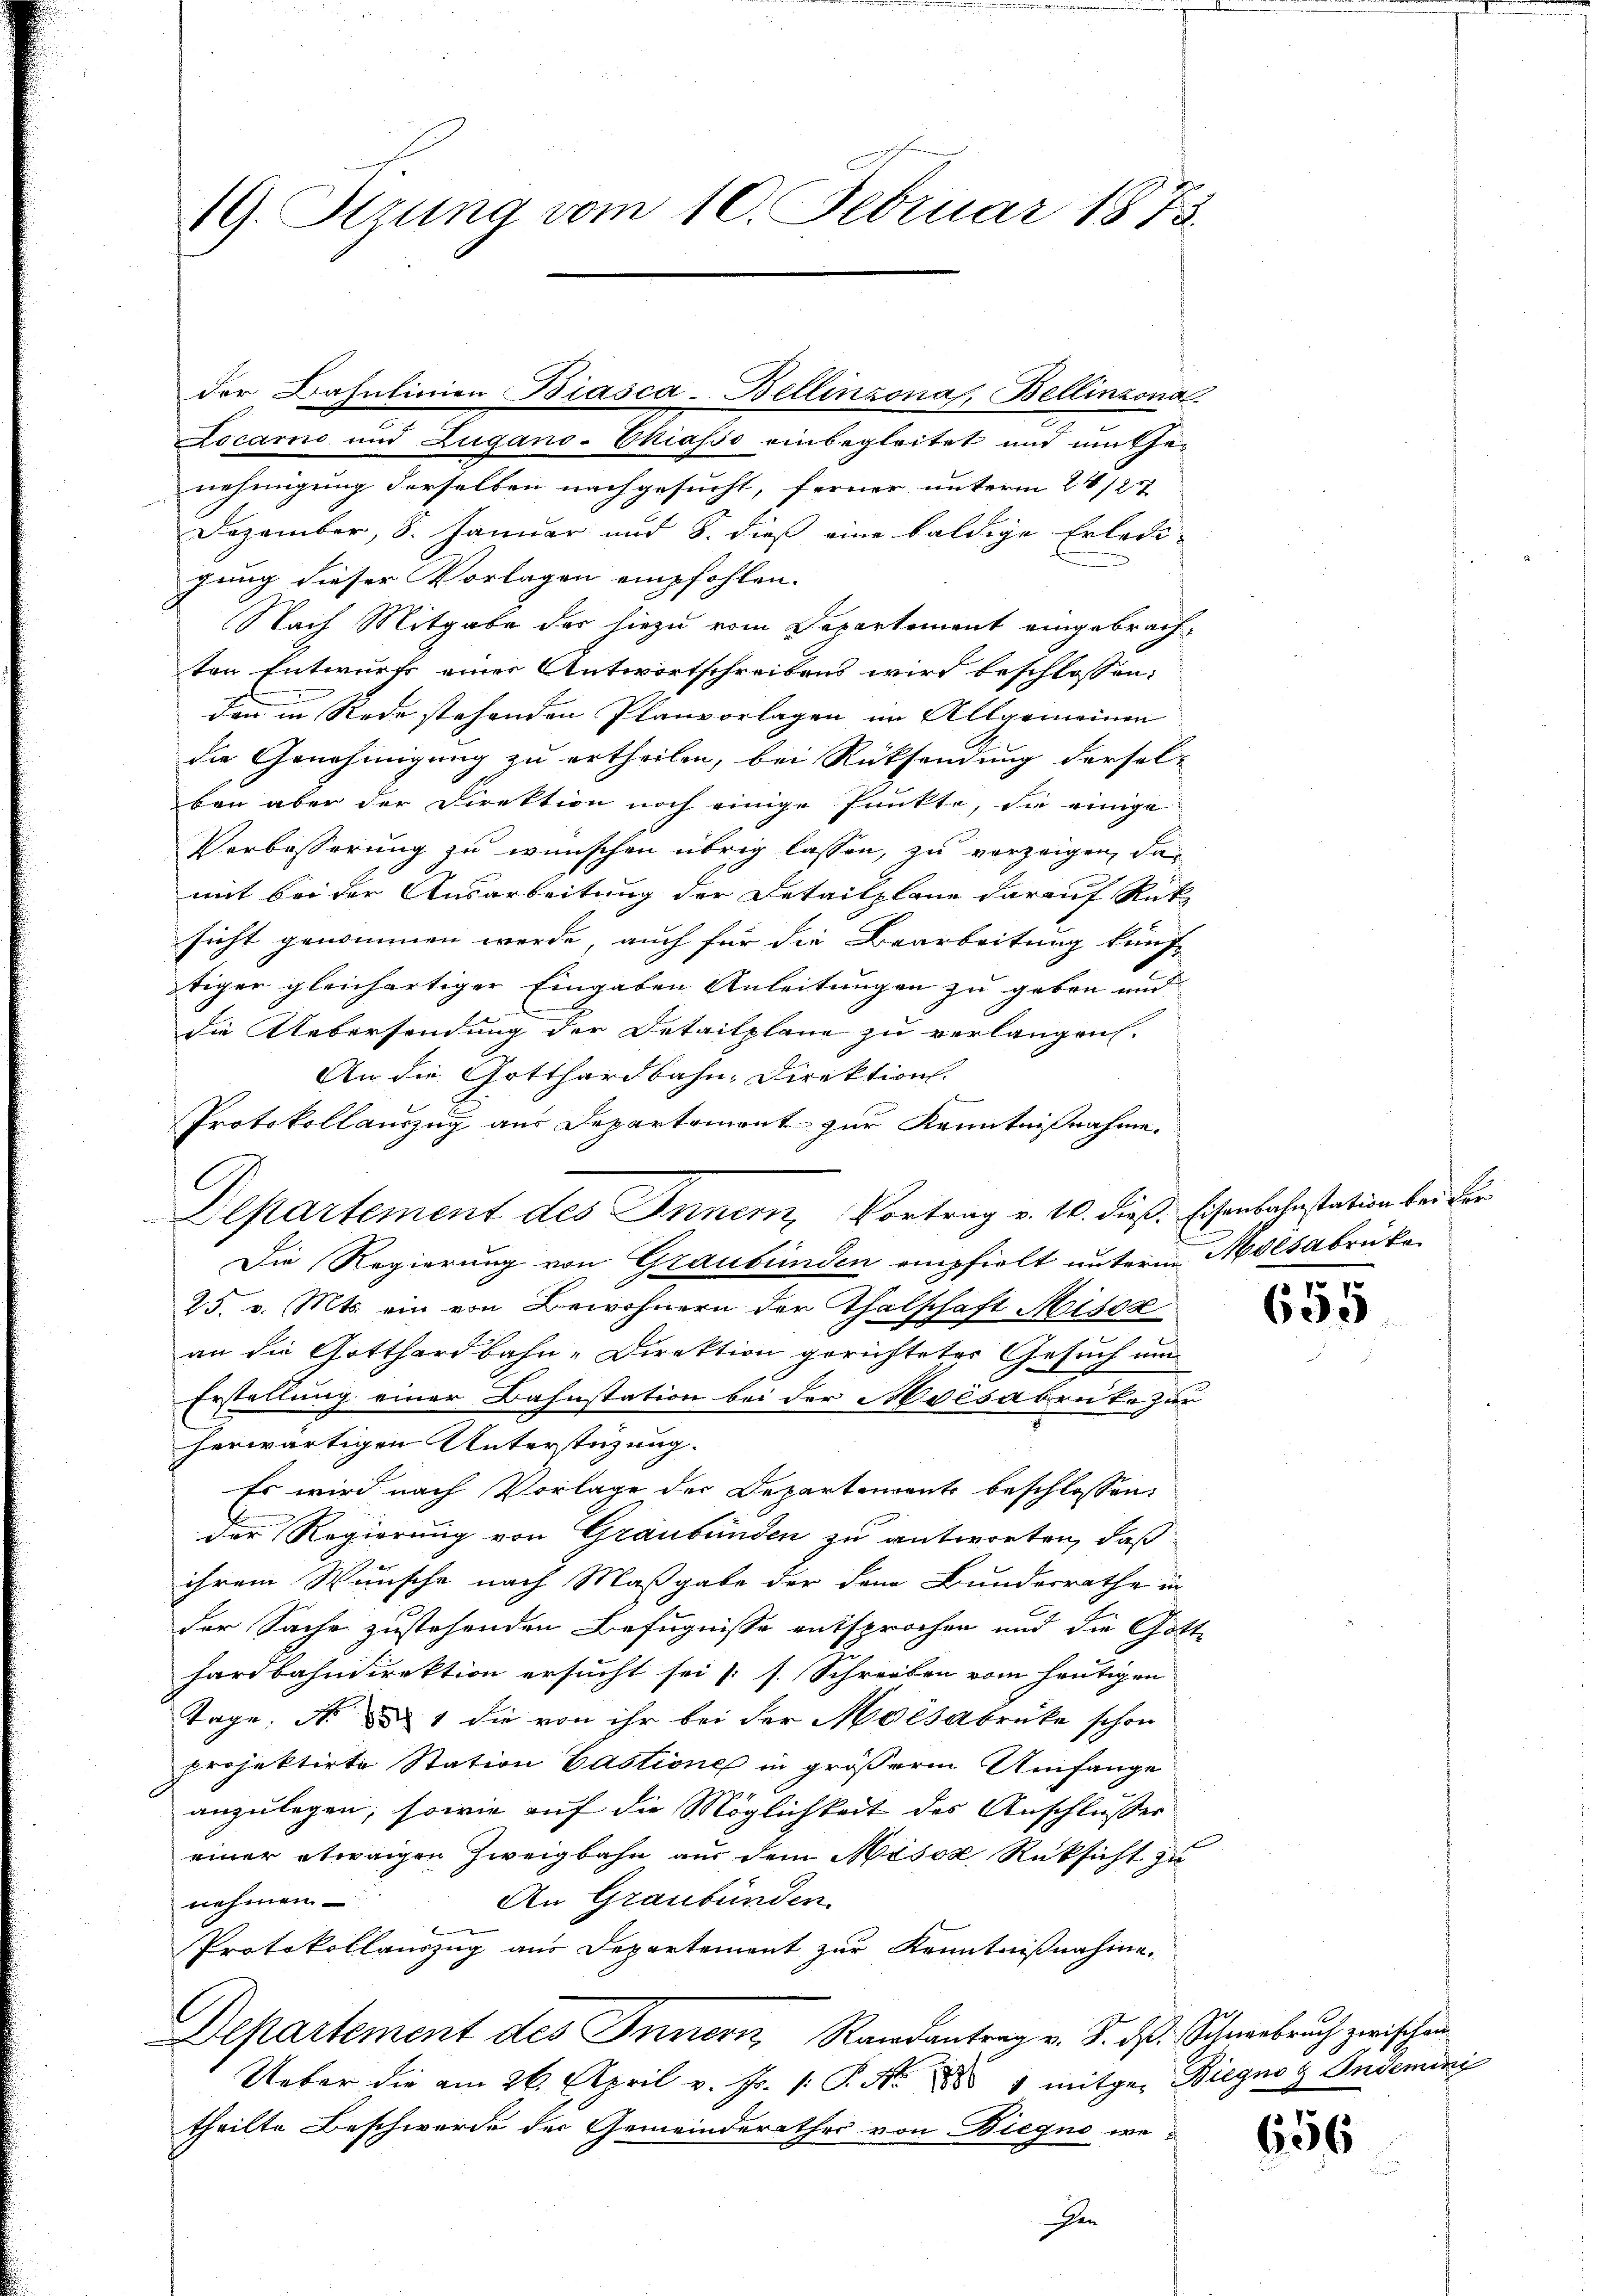
19. Strung vom 10. Februar 1873.

Locarno und Zugano-Chiasso einbegleitet und um the-
nehmigung derselben nachgesucht, ferner unterm 21/2
Dezember, 8. Januar und 8. dieß eine baldige Erledi-
gung dieser Vorlagen empfohlen.
Nach Mitgabe der hiezu vom Departement eingebrachten Entwurfs einer Antwortschreibens wird beschlossen,
den in Rede stehenden Planvorlagen im Allgemeinen
die Genehmigung zu ertheilen, bei Rücksendung dersel-
ben aber der Direktion noch einige Punkte, die einige
Verbesserung zu wünschen übrig lassen, zu verzeigen, da
mit bei der Ausarbeitung der Detailpläne darauf Rükz
sicht genommen werde, auch für die Bearbeitung künf-
tiger gleichartiger Eingaben Anleitungen zu geben und
die Uebersendung der Detailplane zu verlangen.
An die Gotthardbahn-Direktion.
Protokollauszug aus Departement zur Kenntnißnahme.
Departement des Innen Vortrag v. 10. dieß. Eisenbahnstation bei der
Die Regierung von Graubünden empfielt unterm Molsabrüke
25. v. Mts. ein von Bewohnern der Thalschaft Misox
an die Gotthardbahn-Direktion gerichteter Gesuch um
Erstellung einer Bahnstation bei der Moisaben ko zur
herwärtigen Unterstüzung.
Es wird nach Vorlage der Departements beschlossen:
der Regierung von Graubünden zu antworten, daß
ihrem Wunsche nach Maßgabe der den Bundesrathe in
der Sache zustehenden Befugnisse entsprochen und die Gott
hardbahndirektion ersucht sei (s. Schreiben vom heutigen
Tage, No 21 die von ihr bei der Moisabrücke schon
projektirte Station Castione in größerm Umfange
24
anzulegen, sowie auf die Möglichkeit des Anschlusser
einer etwaigen Zweigbahn aus dem Misox Rüksicht zu
An Graubünden
nehmen
Protokollauszug aus Departement zur Kenntnißnahme.
Departement des Innern, Randantrag v. J. dß. Schneebruch zwischen
Ueber die am 26. April v. Js. 1. P. Nr. 1 mitge- Biegno g Indemini
theilte Beschwerde der Gemeinderathes von Biegno ween

der Bahnlinien Biasca-Bellinzonas, Bellinzona

e
655

656